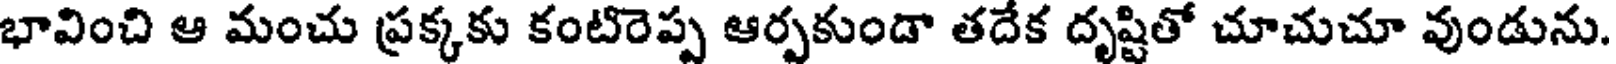
భావించి ఆ మంచు ప్రక్కకు కంటిరెప్ప ఆర్పకుండా తదేక దృష్టితో చూచుచూ వుండును.